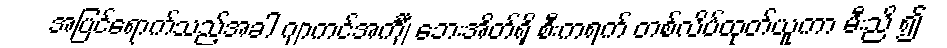
အပြင်ရောက်သည့်အခါ ဂျာကင်အင်္ကျီ ဘေးအိတ်ရှိ စီးကရက် တစ်လိပ်ထုတ်ယူကာ မီးညိ ၍